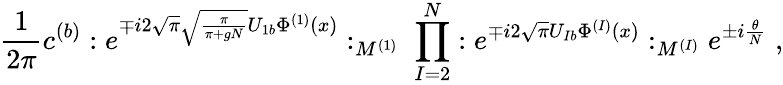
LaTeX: \frac{1}{2\pi}c^{(b)}:e^{\mp i2\sqrt{\pi}\sqrt{\frac{\pi}{\pi+gN}}U_{1b}\Phi^{(1)}(x)}:_{M^{(1)}}\; \prod_{I=2}^{N}:e^{\mp i2\sqrt{\pi}U_{Ib}\Phi^{(I)}(x)}:_{M^{(I)}}e^{\pm i\frac{\theta}{N}}\; ,